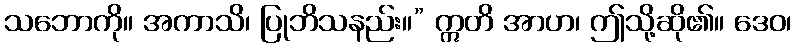
သဘောကို။ အကာသိ၊ ပြုဘိသနည်း။” ဣတိ အာဟ၊ ဤသို့ဆို၏။ ဒေဝ၊